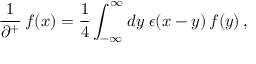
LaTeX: \frac { 1 } { \partial ^ { + } } \, f ( x ) = \frac { 1 } { 4 } \int _ { - \infty } ^ { \infty } d y \; \epsilon ( x - y ) \, f ( y ) \, ,